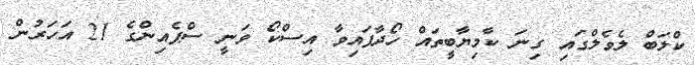
ކްލަބް ލެވެލްގައި ގިނަ ކާމިޔާބީތައް ހޯދާފައިވާ އިސްކޯ ވަނީ ސްޕެއިންގެ 21 އަހަރުން